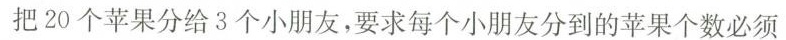
把20个苹果分给3个小朋友，要求每个小朋友分到的苹果个数必须